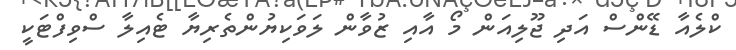
ކްލެއާ ޑޭންސް އަދި ޖޫލިއަން މޯ އާއި ޒުވާން ލަވަކިޔުންތެރިޔާ ޓެއިލާ ސްވިފްޓަކީ